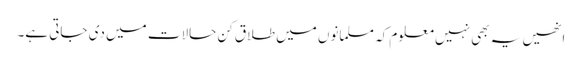
انھیں یہ بھی نہیں معلوم کہ مسلمانوں میں طلاق کن حالات میں دی جاتی ہے۔